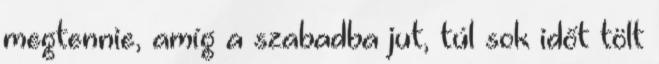
megtennie, amíg a szabadba jut, túl sok időt tölt